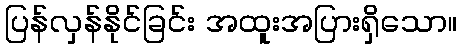
ပြန်လှန်နိုင်ခြင်း အထူးအပြားရှိသော။